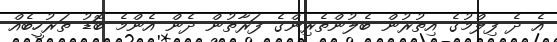
އެ ދެ ފިލްމުގެ އިތުރުން ބެލުންތެރިންގެ ފަރާތުން ދެން އެންމެ ބޮޑު ތަރުހީބެއް